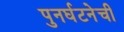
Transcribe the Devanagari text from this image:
पुनर्घटनेची